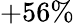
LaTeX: +56\%